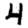
Digit: 4